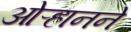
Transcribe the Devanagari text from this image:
ओऱ्हानने